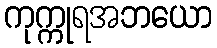
ကုက္ကုရအဘယော